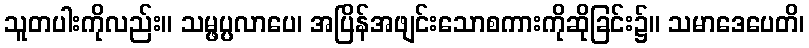
သူတပါးကိုလည်း။ သမ္ဖပ္ပလာပေ၊ အပြိန်အဖျင်းသောစကားကိုဆိုခြင်း၌။ သမာဒေပေတိ၊